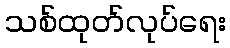
သစ်ထုတ်လုပ်ရေး